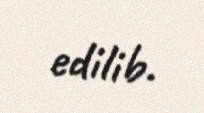
edilib.